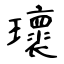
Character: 瓌